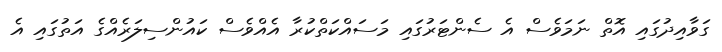
ގަވާއިދުގައި އޮތް ނަމަވެސް އެ ސެންޓަރުގައި މަސައްކަތްކުރާ އެއްވެސް ކައުންސިލަރެއްގެ އަތުގައި އެ